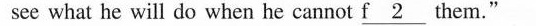
see what he will do when he cannot \underline{f2} them."